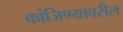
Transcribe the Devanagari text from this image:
कांजिण्यावरील